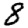
Digit: 8